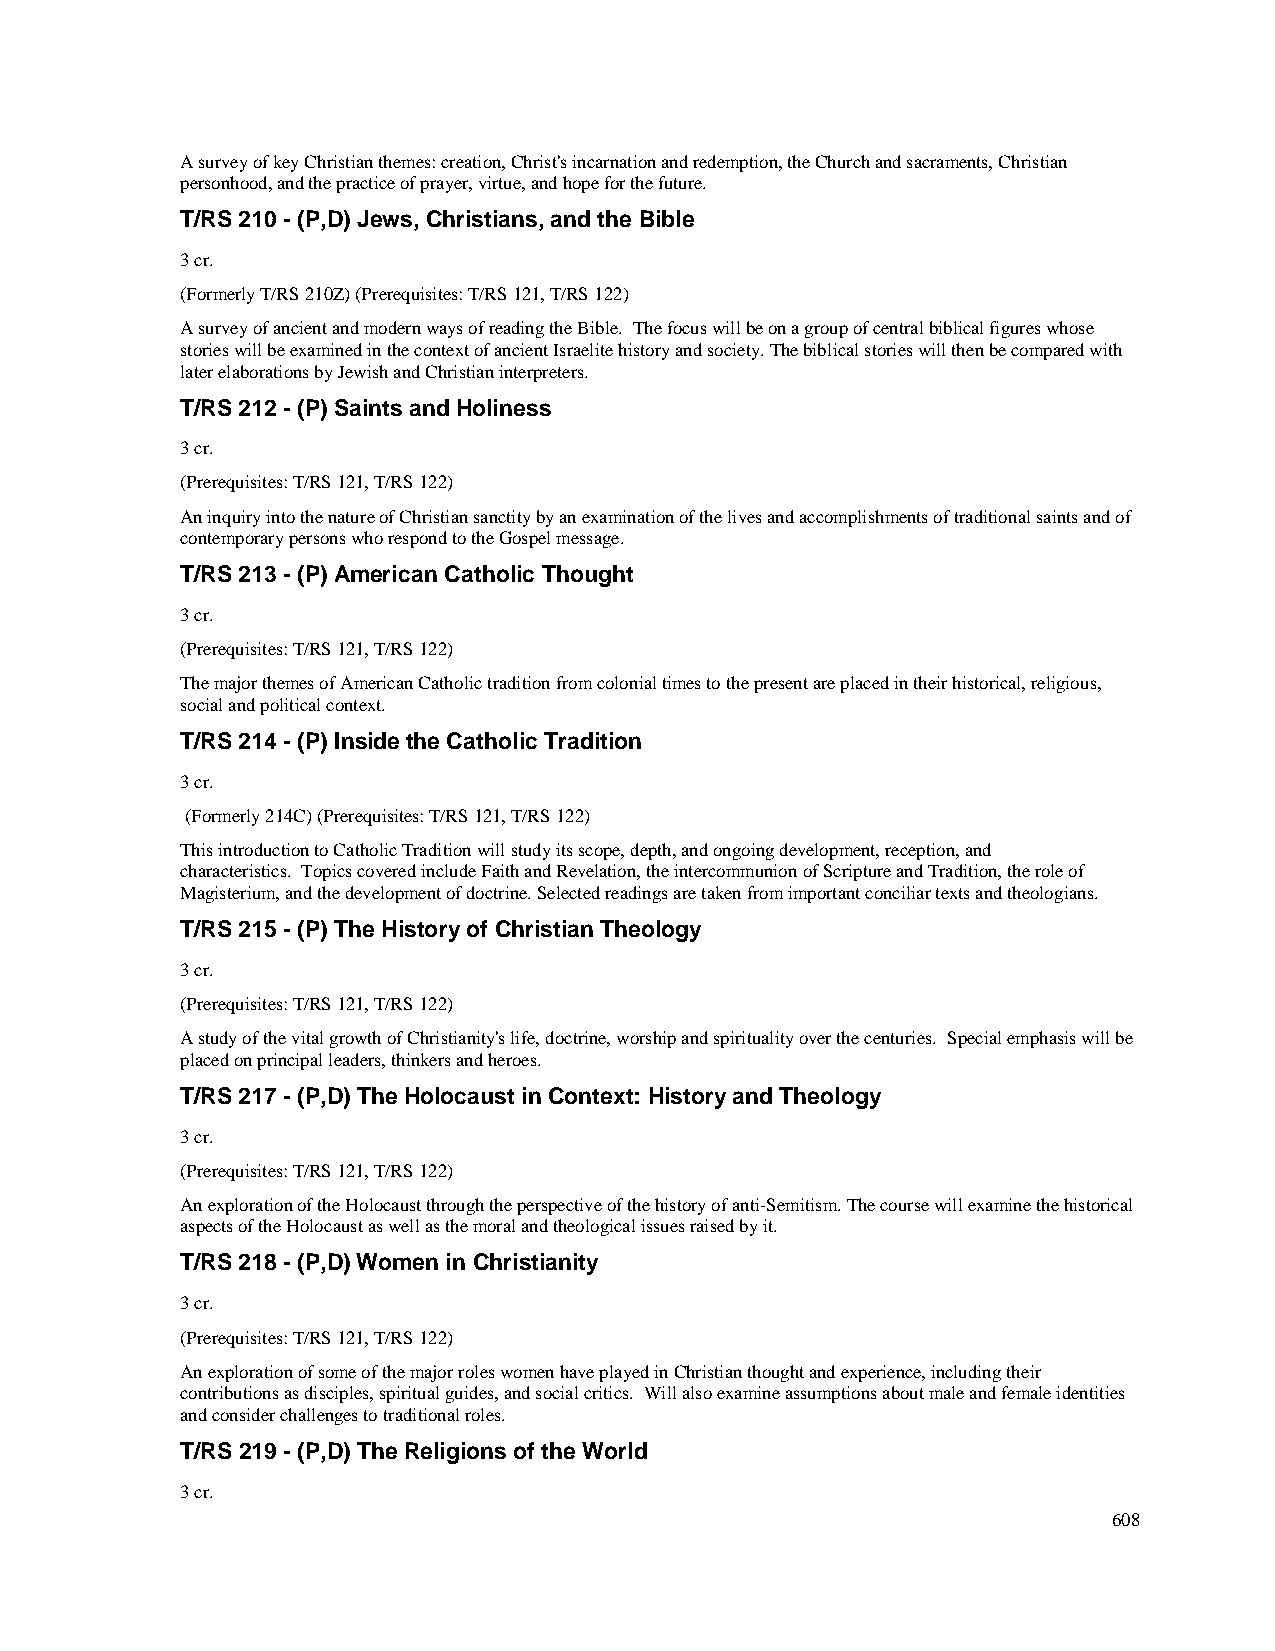
A survey of key Christian themes: creation, Christ's incarnation and redemption, the Church and sacraments, Christian
 personhood, and the practice of prayer, virtue, and hope for the future.
 T/RS 210 - (P,D) Jews, Christians, and the Bible
 3 cr.
 (Formerly T/RS 210Z) (Prerequisites: T/RS 121, T/RS 122)
 A survey of ancient and modern ways of reading the Bible. The focus will be on a group of central biblical figures whose
 stories will be examined in the context of ancient Israelite history and society. The biblical stories will then be compared with
 later elaborations by Jewish and Christian interpreters.
 T/RS 212 - (P) Saints and Holiness
 3 cr.
 (Prerequisites: T/RS 121, T/RS 122)
 An inquiry into the nature of Christian sanctity by an examination of the lives and accomplishments of traditional saints and of
 contemporary persons who respond to the Gospel message.
 T/RS 213 - (P) American Catholic Thought
 3 cr.
 (Prerequisites: T/RS 121, T/RS 122)
 The major themes of American Catholic tradition from colonial times to the present are placed in their historical, religious,
 social and political context.
 T/RS 214 - (P) Inside the Catholic Tradition
 3 cr.
 (Formerly 214C) (Prerequisites: T/RS 121, T/RS 122)
 This introduction to Catholic Tradition will study its scope, depth, and ongoing development, reception, and
 characteristics. Topics covered include Faith and Revelation, the intercommunion of Scripture and Tradition, the role of
 Magisterium, and the development of doctrine. Selected readings are taken from important conciliar texts and theologians.
 T/RS 215 - (P) The History of Christian Theology
 3 cr.
 (Prerequisites: T/RS 121, T/RS 122)
 A study of the vital growth of Christianity's life, doctrine, worship and spirituality over the centuries. Special emphasis will be
 placed on principal leaders, thinkers and heroes.
 T/RS 217 - (P,D) The Holocaust in Context: History and Theology
 3 cr.
 (Prerequisites: T/RS 121, T/RS 122)
 An exploration of the Holocaust through the perspective of the history of anti-Semitism. The course will examine the historical
 aspects of the Holocaust as well as the moral and theological issues raised by it.
 T/RS 218 - (P,D) Women in Christianity
 3 cr.
 (Prerequisites: T/RS 121, T/RS 122)
 An exploration of some of the major roles women have played in Christian thought and experience, including their
 contributions as disciples, spiritual guides, and social critics. Will also examine assumptions about male and female identities
 and consider challenges to traditional roles.
 T/RS 219 - (P,D) The Religions of the World
 3 cr.
 608